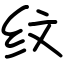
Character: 纹